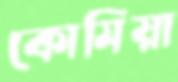
কোমিয়া